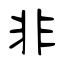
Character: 非